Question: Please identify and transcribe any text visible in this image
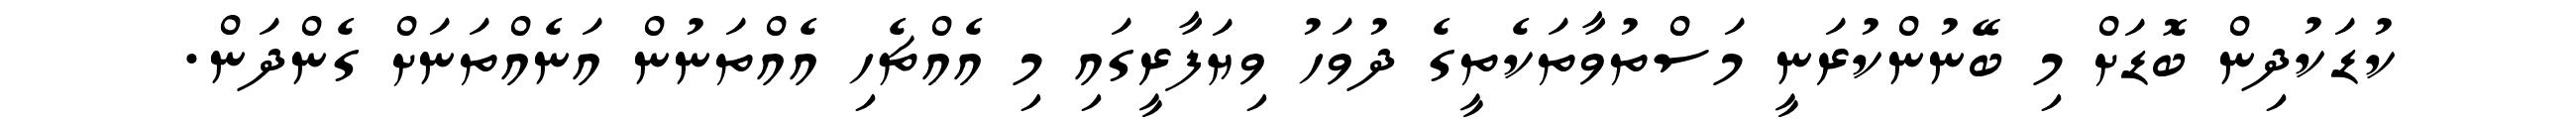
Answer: ކުޑަކުދިން ބޮޑަށް މި ބޭނުންކުރަނީ މަސްތުވާތަކެތީގެ ދުވަހު ވިޔަފާރީގައި މި އެއްޗެހި އެއްތަނުން އަނެއްތަނަށް ގެންދަން.